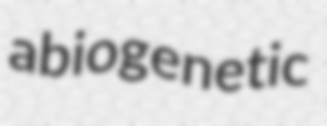
abiogenetic